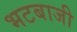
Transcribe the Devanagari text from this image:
भटबाजी